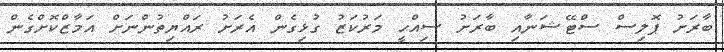
ބާރަށު ޕޮލިސް ސްޓޭޝަނާއި ބާރަށު ސިއްޙީ މަރުކަޒު ގުޅިގެން އެރަށު ރައްޔިތުންނަށް އަމާޒްކޮށްގެން